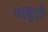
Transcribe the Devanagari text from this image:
माथुरी